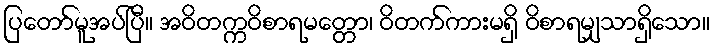
ပြတော်မူအပ်ပြီ။ အဝိတက္ကဝိစာရမတ္တော၊ ဝိတက်ကားမရှိ ဝိစာရမျှသာရှိသော။